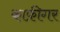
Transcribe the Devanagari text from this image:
काफ़ीगर